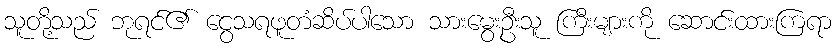
သူတို့သည် ဘုရင်၏ ငွေသရဖူတံဆိပ်ပါသော သားမွေးဦးသူ ကြီးများကို ဆောင်းထားကြရာ